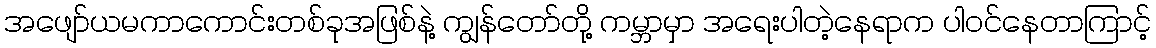
အဖျော်ယမကာကောင်းတစ်ခုအဖြစ်နဲ့ ကျွန်တော်တို့ ကမ္ဘာမှာ အရေးပါတဲ့နေရာက ပါဝင်နေတာကြာင့်